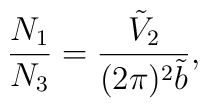
\frac{N_1}{N_3}=\frac{\tilde{V}_2}{(2\pi)^2 \tilde{b}},